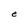
Character: e